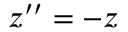
z ^ { \prime \prime } = - z